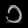
Digit: ၁